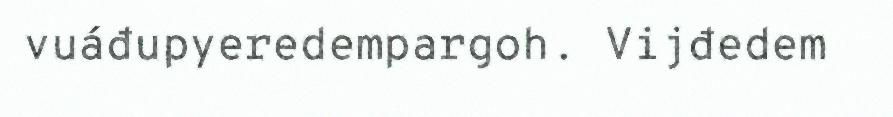
vuáđupyeredempargoh. Vijđedem